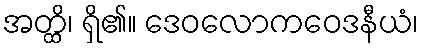
အတ္ထိ၊ ရှိ၏။ ဒေဝလောကဝေဒနီယံ၊